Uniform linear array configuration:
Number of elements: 24
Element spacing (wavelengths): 0.75
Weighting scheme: uniform
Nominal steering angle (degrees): -30
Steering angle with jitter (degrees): -31.982
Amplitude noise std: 0.05
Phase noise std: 0.05

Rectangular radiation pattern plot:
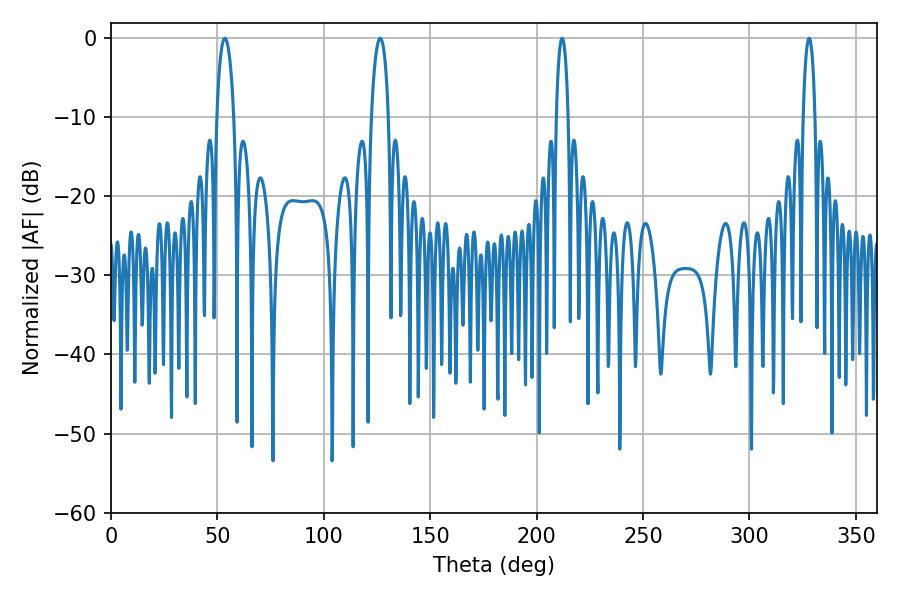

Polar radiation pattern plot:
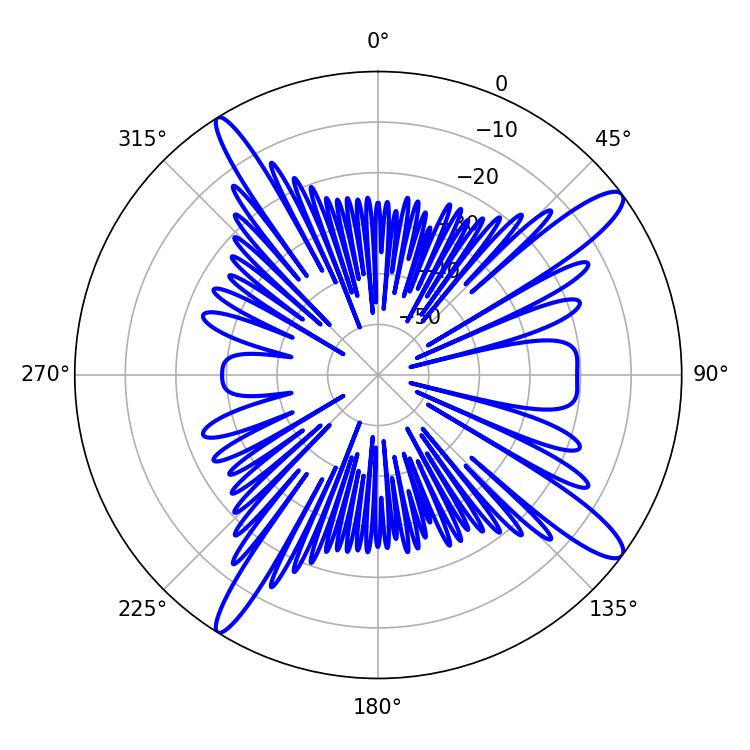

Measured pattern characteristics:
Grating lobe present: TRUE
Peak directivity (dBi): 13.919
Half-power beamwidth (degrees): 4.5
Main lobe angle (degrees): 53.46